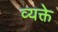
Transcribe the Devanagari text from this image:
व्यक्ते